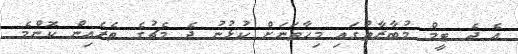
އެ ދެ ޓީމް މުބާރާތުގައި މިހާތަނަށް ކުޅުނު ދެ މެޗުގެ ތެރެއިން ކޮންމެ